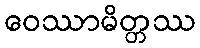
ဝေဿာမိတ္တဿ